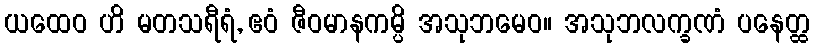
ယထေဝ ဟိ မတသရီရံ, ဧဝံ ဇီဝမာနကမ္ပိ အသုဘမေဝ။ အသုဘလက္ခဏံ ပနေတ္ထ